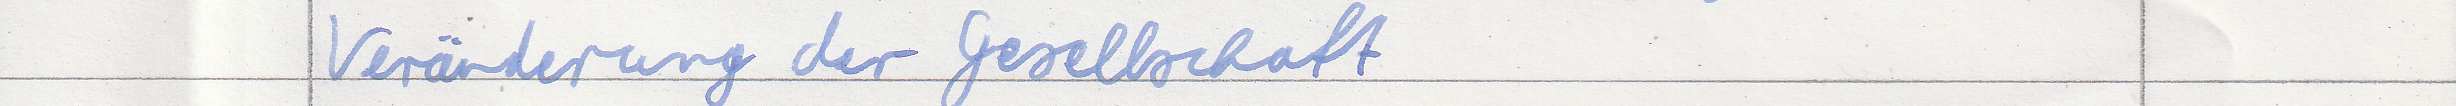
Veränderung der Gesellschaft